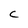
Character: C